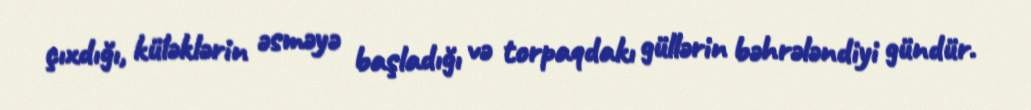
çıxdığı, küləklərin əsməyə başladığı və torpaqdakı güllərin bəhrələndiyi gündür.